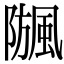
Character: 𩗧